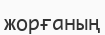
жорғаның